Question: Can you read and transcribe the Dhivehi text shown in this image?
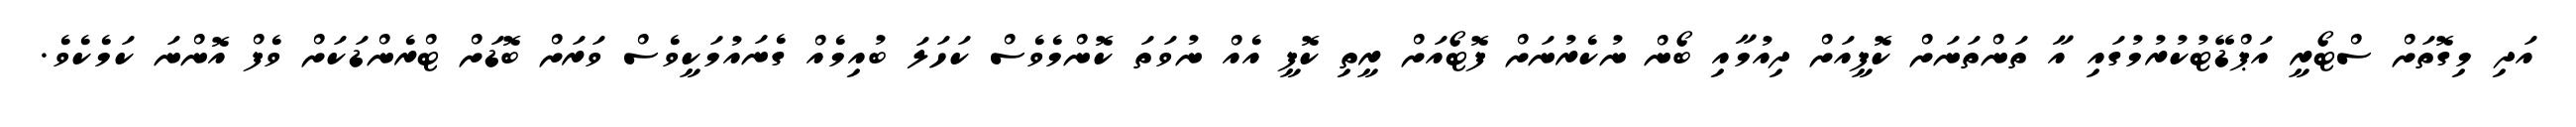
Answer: އަދި މިގޮތަށް ސްޓޯރީ އަޕްޑޭޓުކުރުމުގައި އާ ތަންތަނަށް ކޮފީއަށް ދިއުމާއި ބޯން ނުކެރުނަށް ފޮޓޯއަށް ރީތި ކޮފީ އެއް ނުވަތަ ކޮންމެވެސް ކަހަލަ ބުއިމެއް ގެނައުމަކީވެސް ވަރަށް ބޮޑަށް ޓްރެންޑަކަށް ވެފް އޮންނަ ކަމެކެވެ.